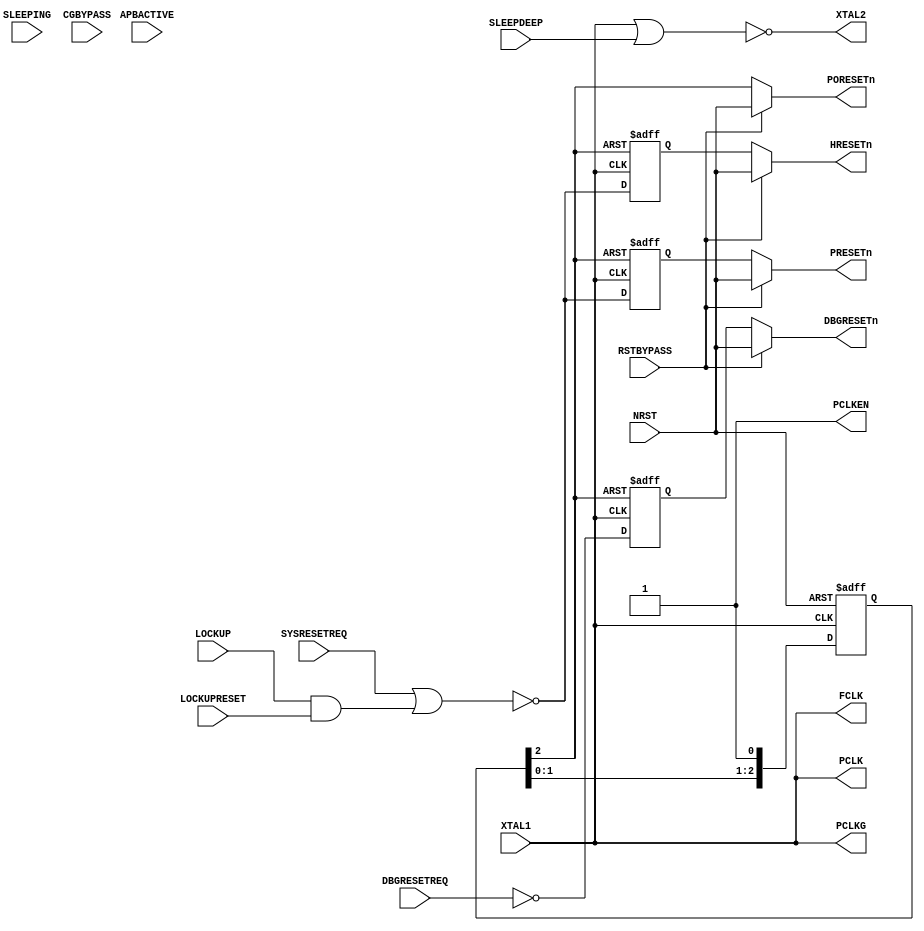
//------------------------------------------------------------------------------
// The confidential and proprietary information contained in this file may
// only be used by a person authorised under and to the extent permitted
// by a subsisting licensing agreement from ARM Limited or its affiliates.
//
//            (C) COPYRIGHT 2010-2015 ARM Limited or its affiliates.
//                ALL RIGHTS RESERVED
//
// This entire notice must be reproduced on all copies of this file
// and copies of this file may only be made by a person if such person is
// permitted to do so under the terms of a subsisting license agreement
// from ARM Limited or its affiliates.
//
//  Version and Release Control Information:
//
//  File Revision       : $Revision: 368442 $
//  File Date           : $Date: 2017-07-25 15:07:59 +0100 (Tue, 25 Jul 2017) $
//
//  Release Information : Cortex-M0 DesignStart-r2p0-00rel0
//
//------------------------------------------------------------------------------
// Verilog-2001 (IEEE Std 1364-2001)
//------------------------------------------------------------------------------
//
//-----------------------------------------------------------------------------
// Abstract : Simple clock controller for Cortex-M0 example system
//-----------------------------------------------------------------------------
// Note : Most of the clock gating are handled by the example PMU provided
//        in the Cortex-M0/Cortex-M0+ deliverable.

//`include "cmsdk_mcu_defs.v"

module cmsdk_mcu_clkctrl #(
  parameter CLKGATE_PRESENT = 0)
 (
  input  wire       XTAL1,       // Clock source
  input  wire       NRST,        // active low external reset

  input  wire       APBACTIVE,   // APB active status
  input  wire       SLEEPING,    // Sleep status
  input  wire       SLEEPDEEP,   // Deep Sleep status
  input  wire       SYSRESETREQ, // System reset request
  input  wire       DBGRESETREQ, // Debug reset request
  input  wire       LOCKUP,      // LOCKUP status
  input  wire       LOCKUPRESET, // Config - generation reset if locked up

  input  wire       CGBYPASS,    // Clock gating bypass
  input  wire       RSTBYPASS,   // Reset by pass

  output wire       XTAL2,       // Feedback for Crystal oscillator
  output wire       FCLK,        // Free running clock
  output wire       PCLK,        // Peripheral clock
  output wire       PCLKG,       // Gated PCLK for APB transfers
  output wire       PCLKEN,      // Clock divide control for AHB to APB bridge
  output wire       PORESETn,    // Power on reset
  output wire       DBGRESETn,   // Debug reset
  output wire       HRESETn,     // System and AHB reset
  output wire       PRESETn);    // Peripheral reset

  wire         clk;
  wire         reset_n;
  reg  [2:0]   reset_sync_reg;
  wire [2:0]   nxt_reset_sync;
  reg          hrst_reg;
  wire         nxt_hrst;
  reg          dbgrst_reg;
  reg          prst_reg;
  wire         nxt_prst;
  wire         i_pclken;
  wire         i_pclkgen;

  // Crystal oscillator inverter
  assign  XTAL2 =  (~(XTAL1 | SLEEPDEEP));

  // Clock source
  assign clk   = XTAL1;

  // Reset synchronizer
  assign nxt_reset_sync = {reset_sync_reg[1:0], 1'b1};

  always @(posedge clk or negedge NRST)
  begin
  if (~NRST)
    reset_sync_reg <= 3'b000;
  else
    reset_sync_reg <= nxt_reset_sync;
  end

  assign reset_n = reset_sync_reg[2];

  // AHB HRESETn
  assign nxt_hrst = ~(SYSRESETREQ | (LOCKUP & LOCKUPRESET));

  always @(posedge clk or negedge reset_n)
  begin
  if (~reset_n)
    hrst_reg <= 1'b0;
  else
    hrst_reg <= nxt_hrst;
  end

  // Debug Reset
  always @(posedge clk or negedge reset_n)
  begin
  if (~reset_n)
    dbgrst_reg <= 1'b0;
  else
    dbgrst_reg <= ~DBGRESETREQ;
  end

  // APB PRESETn
  assign nxt_prst = ~(SYSRESETREQ | (LOCKUP & LOCKUPRESET));

  always @(posedge clk or negedge reset_n)
  begin
  if (~reset_n)
    prst_reg <= 1'b0;
  else
    prst_reg <= nxt_prst;
  end

  generate if (CLKGATE_PRESENT == 0) begin : gen_no_clock_gating

  // No clock gating for PCLK
  assign i_pclken   = 1'b1;  // Currently PCLK = HCLK (for AHB to APB bridge)
  assign i_pclkgen  = 1'b1;  // Not used
  assign PCLK       = clk;   // Peripheral clock
  assign PCLKG      = clk;   // Peripheral clock for APB interface

  end else
  begin : gen_clock_gating
  // Clock gate is present.
  // Testing of divided PCLK is only possible when clock gating is available
  assign i_pclken   = 1'b1;  // PCLK = HCLK
  assign i_pclkgen  = i_pclken & APBACTIVE;

  // PCLK generation
  cmsdk_clock_gate
    #(.CLKGATE_PRESENT(CLKGATE_PRESENT))
    u_cmsdk_clock_gate_pclk(
    .CLK       (clk),
    .CLKENABLE (i_pclken),
    .DISABLEG  (CGBYPASS),
    .GATEDCLK  (PCLK));

  // Gated PCLK (PCLKG) generation
  cmsdk_clock_gate
    #(.CLKGATE_PRESENT(CLKGATE_PRESENT))
    u_cmsdk_clock_gate_pclkg(
    .CLK       (clk),
    .CLKENABLE (i_pclkgen),
    .DISABLEG  (CGBYPASS),
    .GATEDCLK  (PCLKG));

  end endgenerate

  // Connect to top level
  assign PORESETn = (RSTBYPASS) ? NRST : reset_n;
  assign HRESETn  = (RSTBYPASS) ? NRST : hrst_reg;
  assign DBGRESETn= (RSTBYPASS) ? NRST : dbgrst_reg;
  assign PRESETn  = (RSTBYPASS) ? NRST : prst_reg;
  assign FCLK     = clk;  // Free running clock
  assign PCLKEN   = i_pclken;

endmodule